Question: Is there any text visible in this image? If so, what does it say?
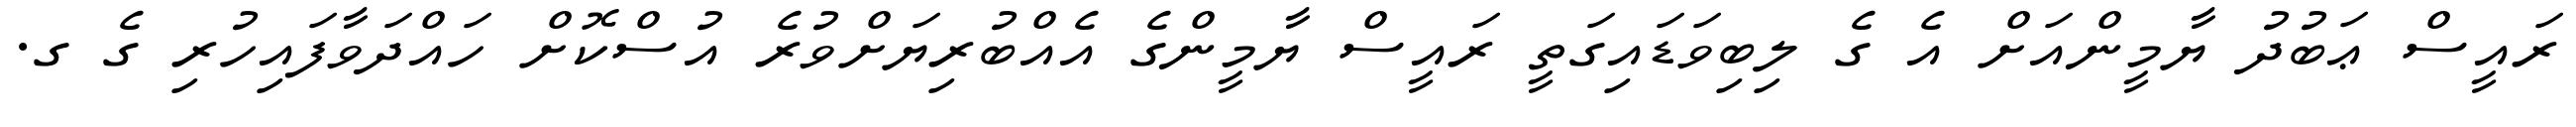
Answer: ރައީސް ޢަބުދު ޔާމީންއަށް އެ ގެ ލިބިވަޑައިގަތީ ރައީސް ޔާމީންގެ އެއްބުރިޔަށްވުރެ އުސްކޮށް ހައްދަވާފައިހުރި ގެ ގ.